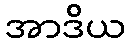
အာဒိယ